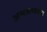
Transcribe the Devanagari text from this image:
अन्यत्वभावना